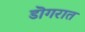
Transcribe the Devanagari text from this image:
डॊगरात